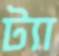
ট্যা